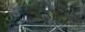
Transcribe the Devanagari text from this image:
उर्जेने